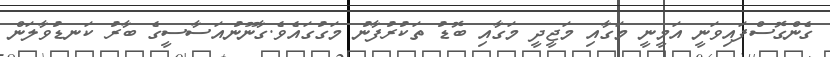
ގެންގޮސްފައިވަނީ އަމީނީ މަގާއި މަޖީދީ މަގާއި ބޮޑު ތަކުރުފާނު މަގުގައެވެ.ގާނޫނުއަސާސީގެ ބާރު ކަނޑުވާލަން